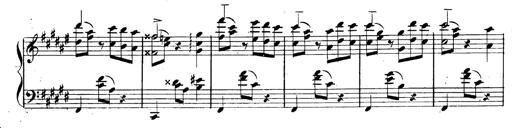
Title: 3 Caprices-Valses
Composer: Franz Liszt